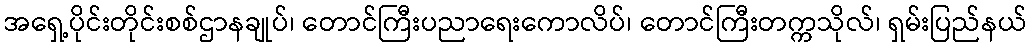
အရှေ့ပိုင်းတိုင်းစစ်ဌာနချုပ်၊ တောင်ကြီးပညာရေးကောလိပ်၊ တောင်ကြီးတက္ကသိုလ်၊ ရှမ်းပြည်နယ်